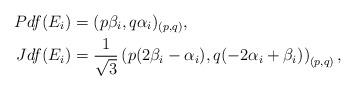
LaTeX: \begin{align*}Pdf(E_i)&=(p\beta_i, q\alpha_i)_{(p,q)},\\Jdf(E_i)&=\frac{1}{\sqrt{3}}\left(p(2\beta_i-\alpha_i), q(-2\alpha_i+\beta_i)\right)_{(p,q)},\end{align*}